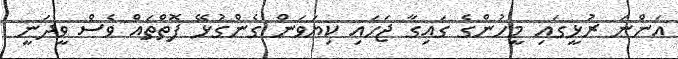
އަންނަ ރުޅީގައި މީހުންގެ ގައިގާ ޖަހައި ކިޔަވަން ގެންގުޅޭ ފޮތްތައް ވެސް ވީދަނީ